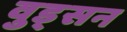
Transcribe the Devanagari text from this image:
वुड्सन